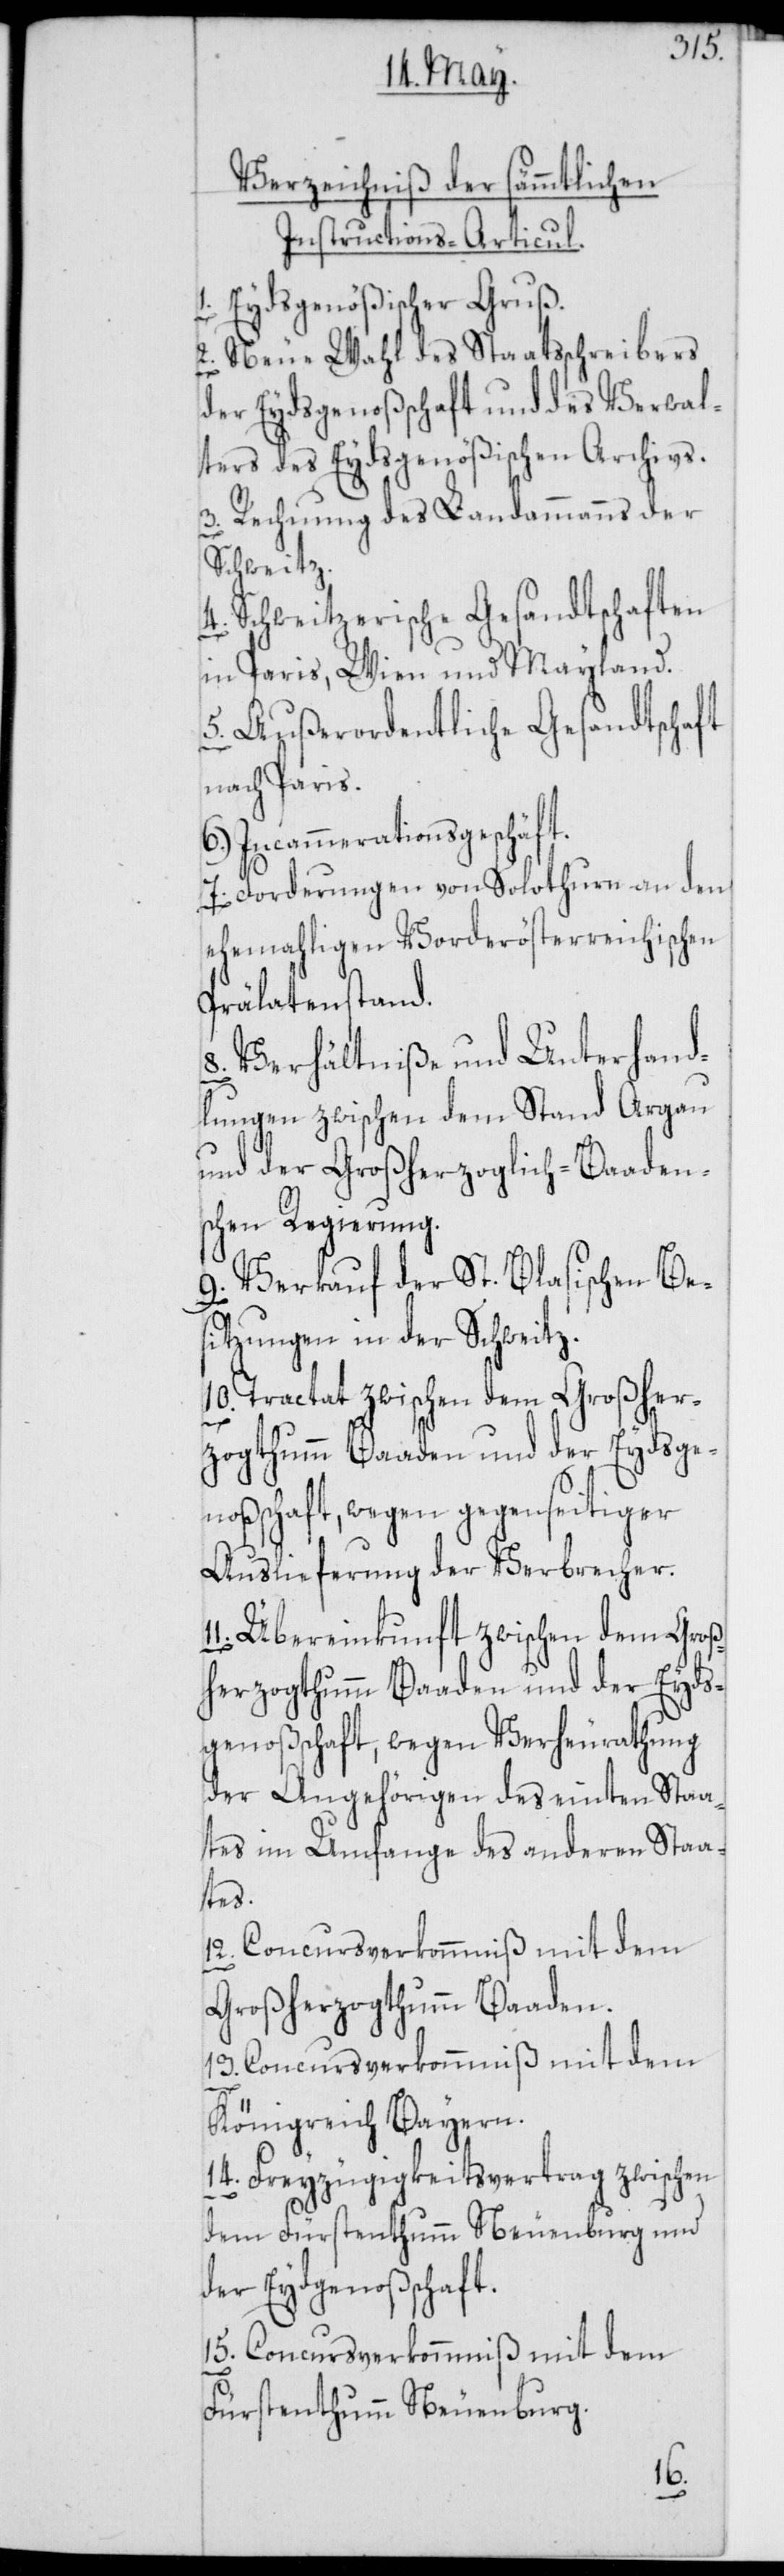
Verzeichniß der sämmtlichen
Instructions-Articul.
Eydsgenößischer Gruß.
2. Neue Wahl des Staatsschreibers
der Eydsgenoßschaft und des Verwal¬
ters des Eydsgenößischen Archivs.
3. Rechnung des Landammanns der
Schweitz.
4. Schweitzerische Gesandtschaften
in Paris, Wien und Mayland.
5. Außerordentliche Gesandtschaft
nach Paris.
6. Incammerationsgeschäft.
7. Forderungen von Solothurn an den
ehemahligen Vorderösterreichischen
Prälatenstand.
8. Verhältniße und Unterhand¬
lungen zwischen dem Stand Argau
und der Großherzoglich-Baaden¬
schen Regierung.
9. Verkauf der St. Blasischen Be¬
sitzungen in der Schweitz.
10. Tractat zwischen dem Großher¬
zogthumm Baaden und der Eydsge¬
noßschaft, wegen gegenseitiger
Auslieferung der Verbrecher.
Übereinkunft zwischen dem Groß¬
herzogthumm Baaden und der Eyds¬
genoßschaft, wegen Verheurathung
der Angehörigen des einten Staa¬
tes im Umfange des anderen Staa¬
tes.
12. Concursverkommniß mit dem
Großherzogthumm Baaden.
13. Concursverkommniß mit dem
Königreich Bayern.
14. Freyzügigkeitsvertrag zwischen
dem Fürstenthum Neuenburg und
der Eydgenoßschaft.
15. Concursverkommniß mit dem
Fürstenthum Neuenburg.